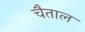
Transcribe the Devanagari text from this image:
चैताल